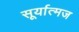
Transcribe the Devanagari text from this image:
सूर्यात्मज